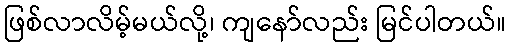
ဖြစ်လာလိမ့်မယ်လို့၊ ကျနော်လည်း မြင်ပါတယ်။